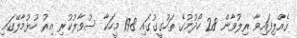
ގެއްލިފައިވާ ރިލުވާން 28 ހޯދުމުގެ ތަހުގީގުގައި 198 މީހަކާ ސުވާލުކުރި އިރު ހުޅުމާލޭގައި